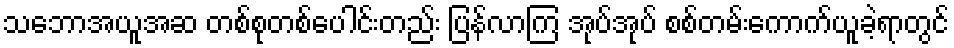
သဘောအယူအဆ တစ်စုတစ်ပေါင်းတည်း ပြန်လာကြ အုပ်အုပ် စစ်တမ်းကောက်ယူခဲ့ရာတွင်